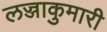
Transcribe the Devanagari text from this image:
लज्जाकुमारी